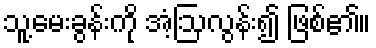
သူ့မေးခွန်းကို အံ့ဩလွန်း၍ ဖြစ်၏။